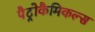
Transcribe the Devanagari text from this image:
पैट्रोकैमिकल्स